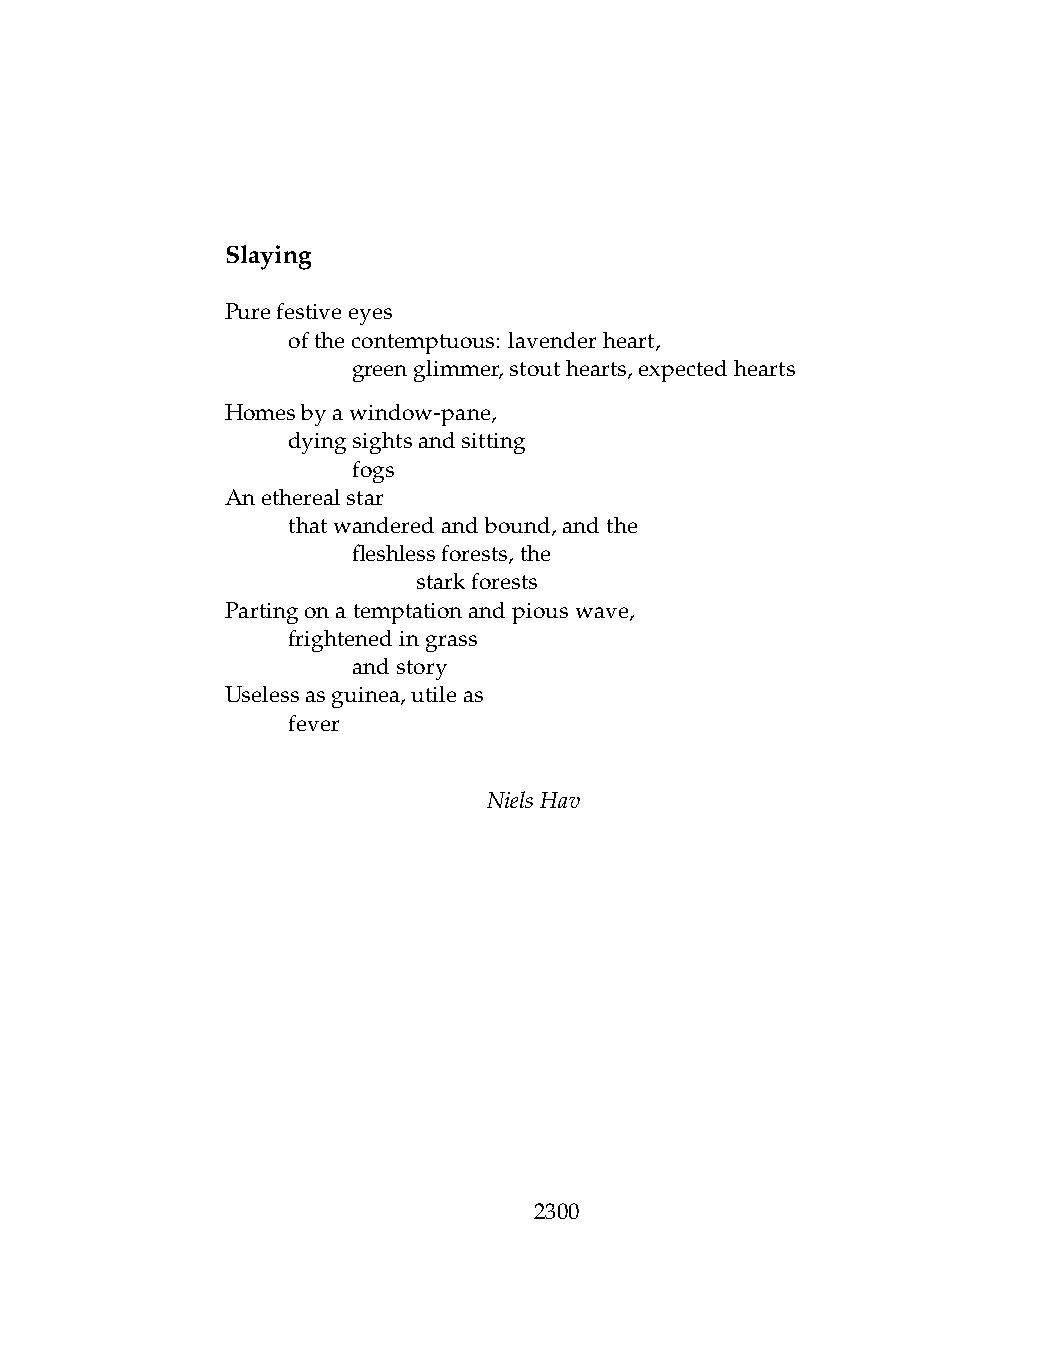
Slaying
 Purefestiveeyes
 .   ofthecontemptuous: lavenderheart,
 .   .   greenglimmer,stouthearts,expectedhearts
 Homesbyawindow-pane,
 .   dyingsightsandsitting
 .   .   fogs
 Anetherealstar
 .   thatwanderedandbound,andthe
 .   .   fleshlessforests,the
 .   .   .    starkforests
 Partingonatemptationandpiouswave,
 .   frightenedingrass
 .   .   andstory
 Uselessasguinea,utileas
 .   fever
 NielsHav
 2300